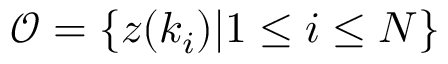
\mathcal { O } = \{ z ( k _ { i } ) | 1 \le i \le N \}